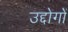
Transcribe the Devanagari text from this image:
उद्दोगों